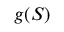
g ( S )